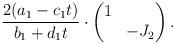
LaTeX: \begin{align*} \frac{2 (a_1 - c_1 t)}{b_1 + d_1 t} \cdot \begin{pmatrix} 1 & \\ & - J_2\end{pmatrix}.\end{align*}